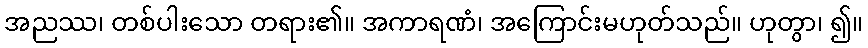
အညဿ၊ တစ်ပါးသော တရား၏။ အကာရဏံ၊ အကြောင်းမဟုတ်သည်။ ဟုတွာ၊ ၍။